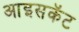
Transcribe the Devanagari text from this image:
आइसकॅट